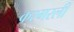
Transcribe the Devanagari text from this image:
कश्गरली